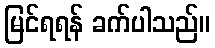
မြင်ရရန် ခက်ပါသည်။